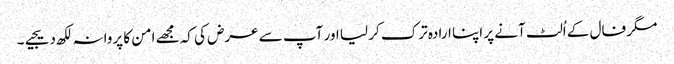
مگر فال کے اُلٹ آنے پر اپنا ارادہ ترک کر لیا اور آپ سے عرض کی کہ مجھے امن کا پروانہ لکھ دیجیے۔